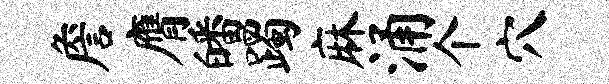
詹膺皤躅麻涌个穴